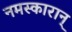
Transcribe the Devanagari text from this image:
नमस्कारान्